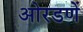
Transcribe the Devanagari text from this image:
ओरडणें